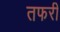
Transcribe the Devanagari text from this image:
तफरी